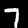
Label: 7